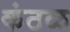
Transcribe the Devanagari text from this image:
कंठळ